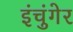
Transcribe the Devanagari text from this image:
इंचुंगेर